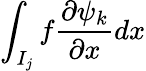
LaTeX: \int_{I_{j}}f\frac{\partial\psi_{k}}{\partial x}dx